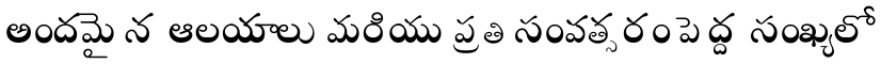
అందమైన ఆలయాలు మరియు ప్రతి సంవత్సరం పెద్ద సంఖ్యలో